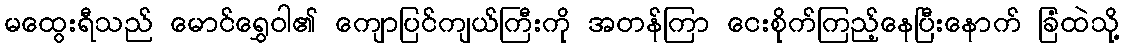
မထွေးရီသည် မောင်ရွှေဝါ၏ ကျောပြင်ကျယ်ကြီးကို အတန်ကြာ ငေးစိုက်ကြည့်နေပြီးနောက် ခြံထဲသို့